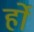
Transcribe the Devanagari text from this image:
र्हो